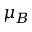
\mu _ { B }